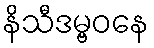
နိသီဒမ္ဗဝနေ